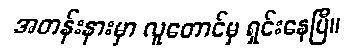
အတန်းနားမှာ လူတောင်မှ ရှင်းနေပြီ။